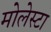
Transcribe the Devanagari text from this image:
मोलेस्टा